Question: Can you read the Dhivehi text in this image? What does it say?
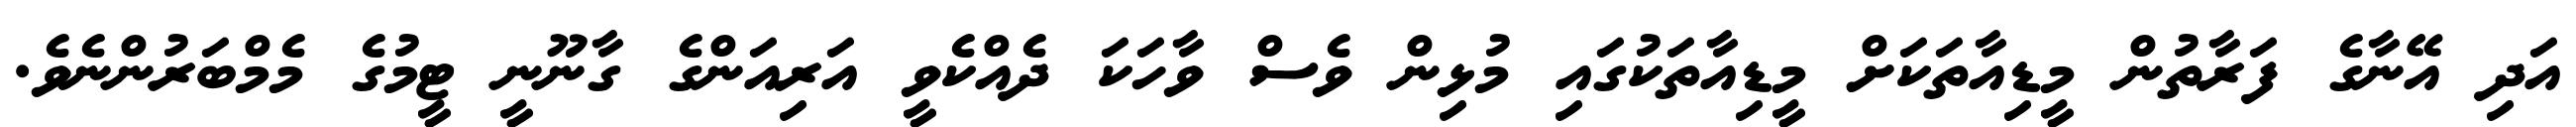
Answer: އަދި އޭނާގެ ފަރާތުން މީޑިއާތަކަށް މީޑިއާތަކުގައި މުޅިން ވެސް ވާހަކަ ދެއްކެވީ އަރިއަންގެ ގާނޫނީ ޓީމުގެ މެމްބަރުންނެވެ.